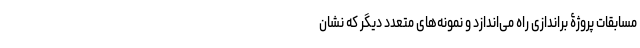
مسابقات پروژۀ براندازی راه می‌اندازد و نمونه‌های متعدد دیگر که نشان